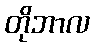
တိုဘာလ